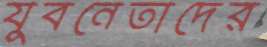
যুবনেতাদের